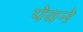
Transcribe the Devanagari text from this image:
पेवने